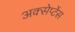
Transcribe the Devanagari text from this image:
अक्सेप्टेंस